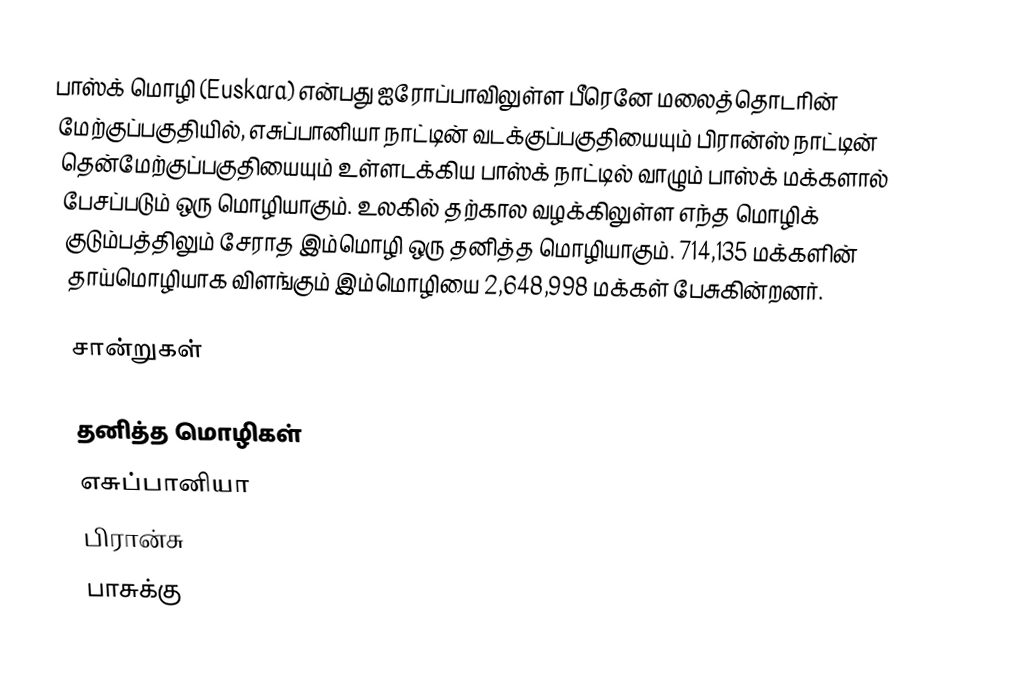
பாஸ்க் மொழி (Euskara) என்பது ஐரோப்பாவிலுள்ள பீரெனே மலைத்தொடரின் மேற்குப்பகுதியில், எசுப்பானியா நாட்டின் வடக்குப்பகுதியையும் பிரான்ஸ் நாட்டின் தென்மேற்குப்பகுதியையும் உள்ளடக்கிய பாஸ்க் நாட்டில் வாழும் பாஸ்க் மக்களால் பேசப்படும் ஒரு மொழியாகும். உலகில் தற்கால வழக்கிலுள்ள எந்த மொழிக் குடும்பத்திலும் சேராத இம்மொழி ஒரு தனித்த மொழியாகும். 714,135 மக்களின் தாய்மொழியாக விளங்கும் இம்மொழியை 2,648,998 மக்கள் பேசுகின்றனர்.

சான்றுகள்

தனித்த மொழிகள்
எசுப்பானியா
பிரான்சு
பாசுக்கு